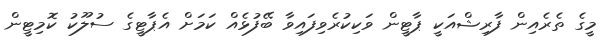
މީގެ ތެރެއިން ފާރިޝްއަކީ ޕާޓީން ވަކިކުރެވިފައިވާ ބޭފުޅެއް ކަމަށް އެޕާޓީގެ ސުލޫކު ކޮމިޓީން